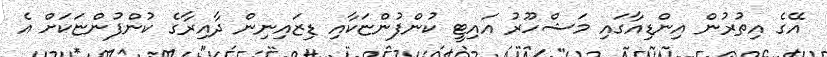
އޭގެ އިތުރުން އިންޑިއާގައި މަޝްހޫރު އައިޓީ ކުންފުންޏަކާއި ޑިޒައިނިން ދާއިރާގެ ކުންފުންޏަކަށް އެ